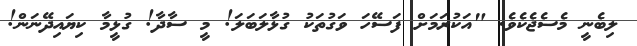
ލިބެނީ މެސެޖެކެވެ. "އަކުރަމަށް ފަސޭހަ ވަގުތަކު ގުޅާލަބަލަ! މީ ސާދާ! ގުޅީމާ ކިޔައިދޭނަން!